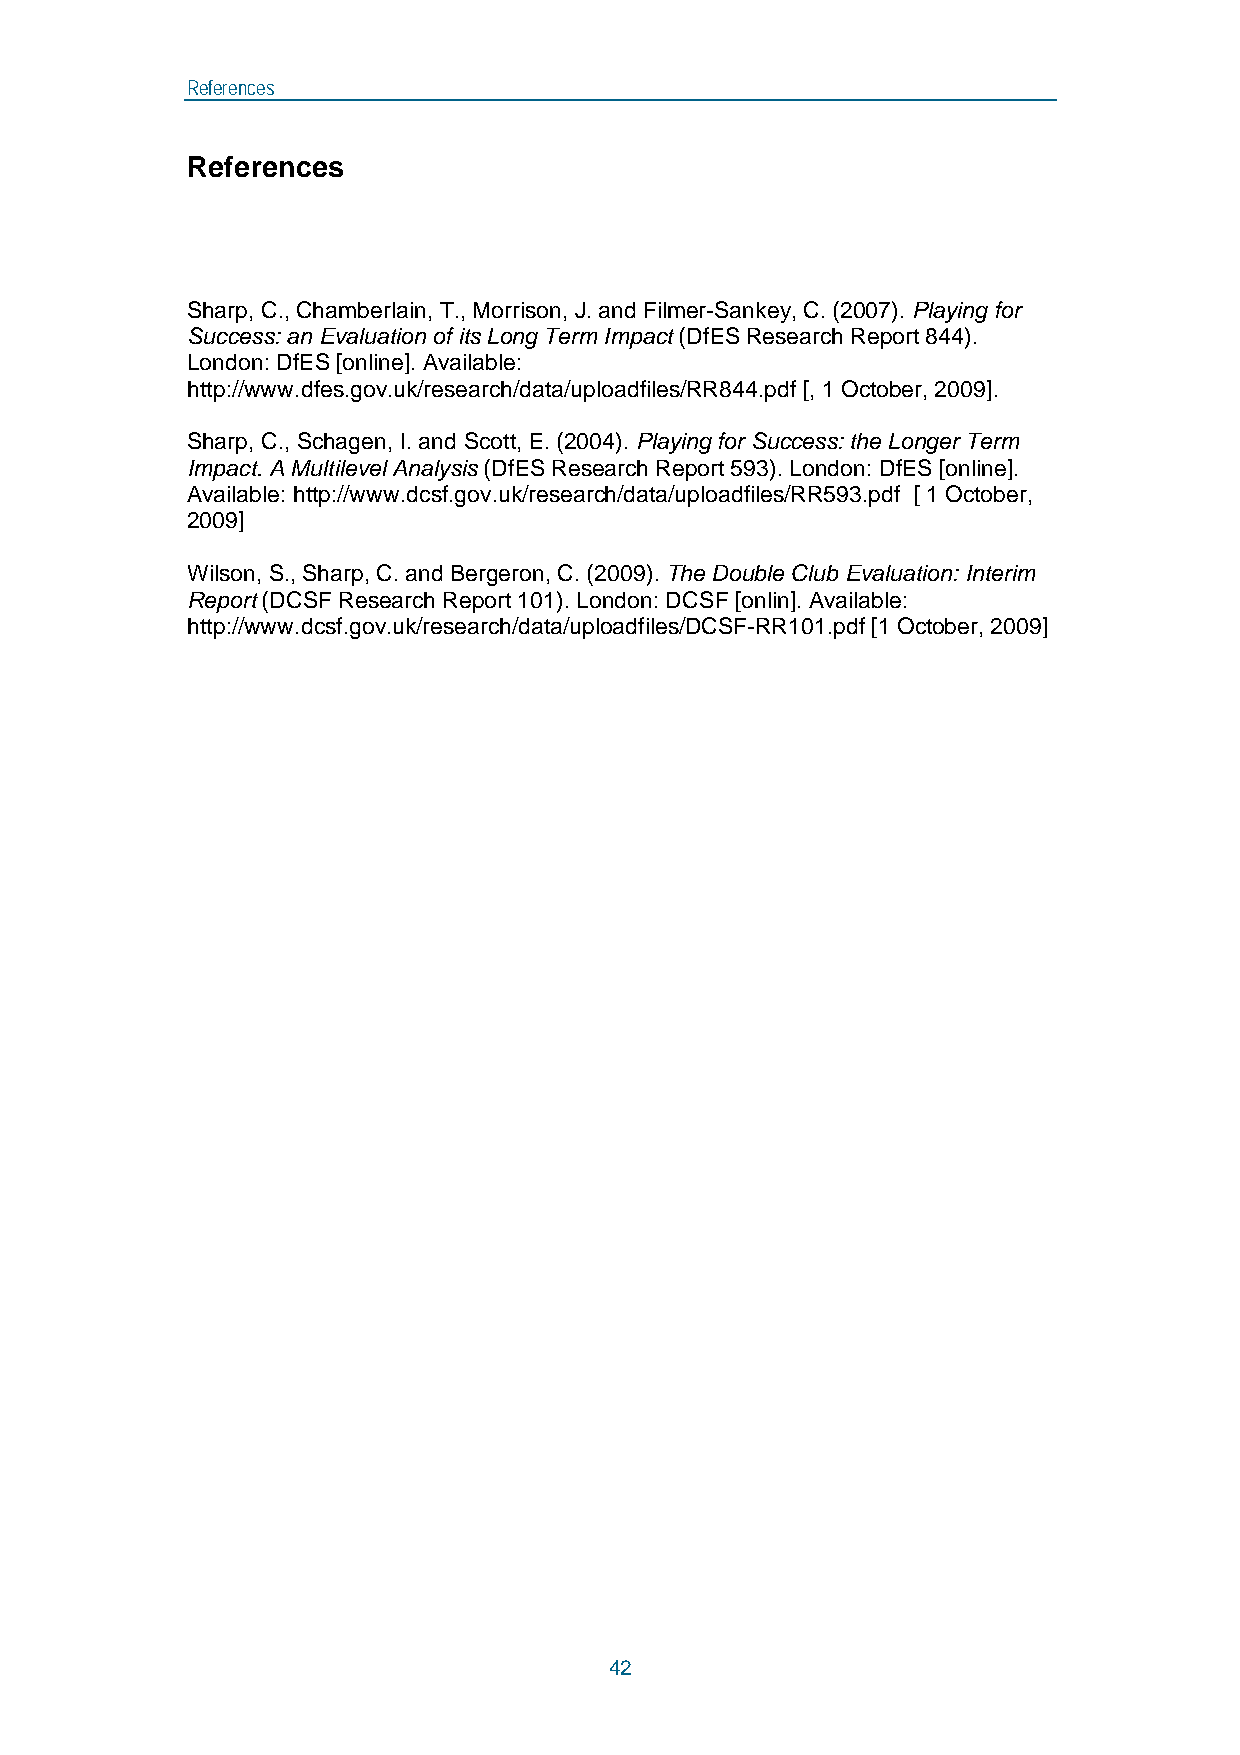
References
 References
 Sharp, C., Chamberlain, T., Morrison, J. and Filmer-Sankey, C. (2007). Playing for
 Success: an Evaluation of its Long Term Impact (DfES Research Report 844).
 London: DfES [online]. Available:
 http://www.dfes.gov.uk/research/data/uploadfiles/RR844.pdf [, 1 October, 2009].
 Sharp, C., Schagen, I. and Scott, E. (2004). Playing for Success: the Longer Term
 Impact. A Multilevel Analysis (DfES Research Report 593). London: DfES [online].
 Available: http://www.dcsf.gov.uk/research/data/uploadfiles/RR593.pdf [ 1 October,
 2009]
 Wilson, S., Sharp, C. and Bergeron, C. (2009). The Double Club Evaluation: Interim
 Report (DCSF Research Report 101). London: DCSF [onlin]. Available:
 http://www.dcsf.gov.uk/research/data/uploadfiles/DCSF-RR101.pdf [1 October, 2009]
 42